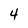
Character: 4